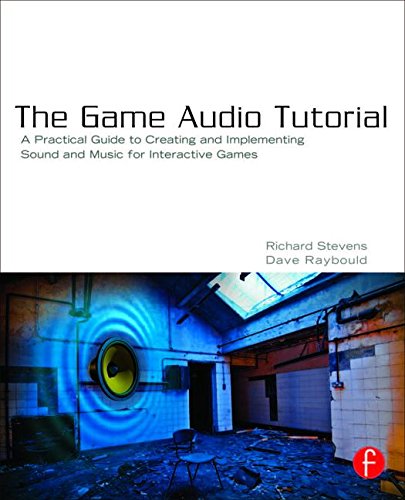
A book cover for The Game Audio Tutorial: A Practical Guide to Sound and Music for Interactive Games; Richard Stevens; Computers & Technology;